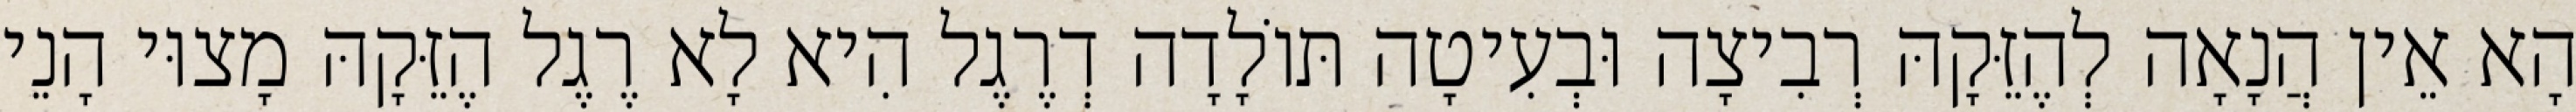
הָא אֵין הֲנָאָה לְהֶזֵּקָהּ רְבִיצָה וּבְעִיטָה תּוֹלָדָה דְרֶגֶל הִיא לָא רֶגֶל הֶזֵּקָהּ מָצוּי הָנֵי